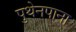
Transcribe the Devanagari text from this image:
पुथेनपाना